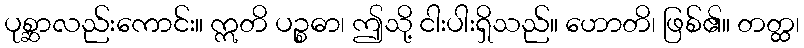
ပုစ္ဆာလည်းကောင်း။ ဣတိ ပဉ္စဓာ၊ ဤသို့ ငါးပါးရှိသည်။ ဟောတိ၊ ဖြစ်၏။ တတ္ထ၊